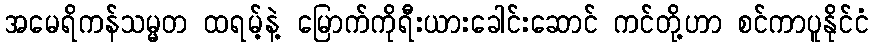
အမေရိကန်သမ္မတ ထရမ့်နဲ့ မြောက်ကိုရီးယားခေါင်းဆောင် ကင်တို့ဟာ စင်ကာပူနိုင်ငံ